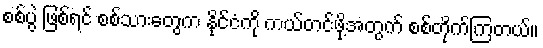
စစ်ပွဲ ဖြစ်ရင် စစ်သားတွေက နိုင်ငံကို ကယ်တင်ဖို့အတွက် စစ်တိုက်ကြတယ်။